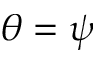
\theta = \psi